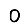
Digit: 0